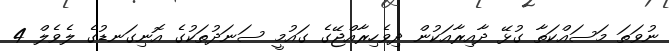
ނުވަތަ މަސައްކަތާ ގުޅޭ ދާއިރާއަކުން ދިވެހިރާއްޖޭގެ ގައުމީ ސަނަދުތަކުގެ އޮނިގަނޑުގެ ލެވެލް 4